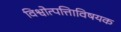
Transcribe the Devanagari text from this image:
विश्वोत्पत्तिाविषयक